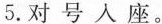
5.对号人座。